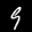
Label: 9